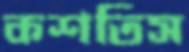
কশতিস